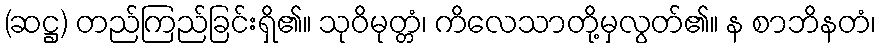
(ဆဋ္ဌ) တည်ကြည်ခြင်းရှိ၏။ သုဝိမုတ္တံ၊ ကိလေသာတို့မှလွတ်၏။ န စာဘိနတံ၊